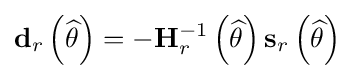
\mathbf {d} _{r}\left({\widehat {\theta }}\right)=-\mathbf {H} _{r}^{-1}\left({\widehat {\theta }}\right)\mathbf {s} _{r}\left({\widehat {\theta }}\right)